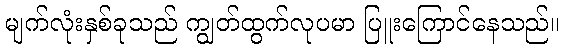
မျက်လုံးနှစ်ခုသည် ကျွတ်ထွက်လုပမာ ပြူးကြောင်နေသည်။